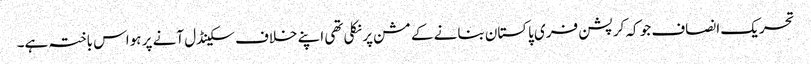
تحریک انصاف جو کہ کرپشن فری پاکستان بنانے کے مشن پر نکلی تھی اپنے خلاف سکینڈل آنے پر ہواس باختہ ہے۔